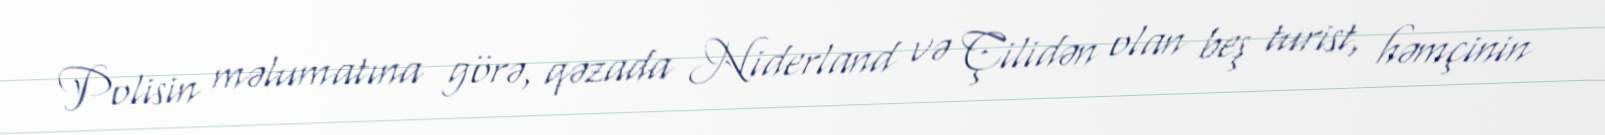
Polisin məlumatına görə, qəzada Niderland və Çilidən olan beş turist, həmçinin